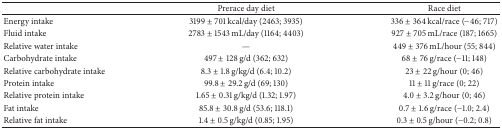
|  | Prerace day diet | Race diet |
 | --- | --- | --- |
 | Energy intake | 3199 ± 701 kcal/day (2463; 3935) | 336 ± 364 kcal/race (−46; 717) |
 | Fluid intake | 2783 ± 1543 mL/day (1164; 4403) | 927 ± 705 mL/race (187; 1665) |
 | Relative water intake | — | 449 ± 376 mL/hour (55; 844) |
 | Carbohydrate intake | 497 ± 128 g/d (362; 632) | 68 ± 76 g/race (−11; 148) |
 | Relative carbohydrate intake | 8.3 ± 1.8 g/kg/d (6.4; 10.2) | 23 ± 22 g/hour (0; 46) |
 | Protein intake | 99.8 ± 29.2 g/d (69; 130) | 11 ± 11 g/race (0; 22) |
 | Relative protein intake | 1.65 ± 0.31 g/kg/d (1.32; 1.97) | 4.0 ± 3.2 g/hour (0; 46) |
 | Fat intake | 85.8 ± 30.8 g/d (53.6; 118.1) | 0.7 ± 1.6 g/race (−1.0; 2.4) |
 | Relative fat intake | 1.4 ± 0.5 g/kg/d (0.85; 1.95) | 0.3 ± 0.5 g/hour (−0.2; 0.8) |